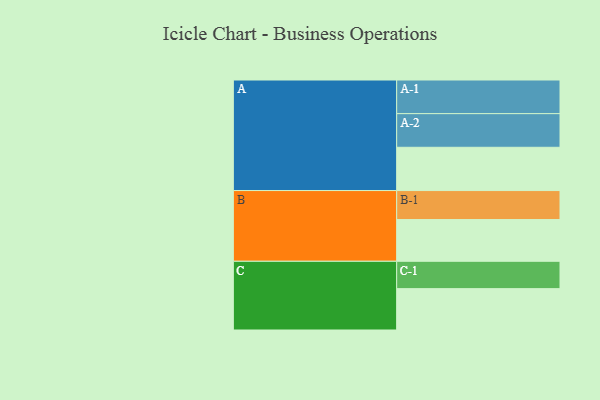
{"axis": {"x": "Segment", "y": "Value"}, "legend": ["", "A", "B", "C"], "data": [{"x": "A", "y": 364, "type": ""}, {"x": "B", "y": 351, "type": ""}, {"x": "C", "y": 348, "type": ""}, {"x": "A-1", "y": 283, "type": "A"}, {"x": "A-2", "y": 283, "type": "A"}, {"x": "B-1", "y": 244, "type": "B"}, {"x": "C-1", "y": 230, "type": "C"}]}